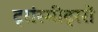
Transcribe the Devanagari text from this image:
ट्रांस्मीट्ररों